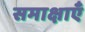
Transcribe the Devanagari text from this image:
समाक्षाएँ